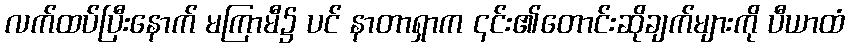
လက်ထပ်ပြီးနောက် မကြာမီ၌ ပင် နာတာရှာက ၎င်း၏တောင်းဆိုချက်များကို ပီယာထံ